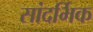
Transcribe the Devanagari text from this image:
सांदर्भिक